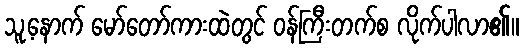
သူ့နောက် မော်တော်ကားထဲတွင် ဝန်ကြီးတက်စ လိုက်ပါလာ၏။